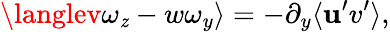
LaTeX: \langlev\omega_{\mathit{z}}-w\omega_{y}\rangle=-\partial_{y}\langle\mathbf{u}^{\prime}v^{\prime}\rangle,